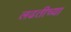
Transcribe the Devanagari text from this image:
लढतीच्या